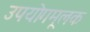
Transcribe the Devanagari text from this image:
उपयोगमूलक